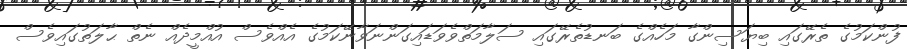
ފުންކަމުގެ ތެރޭގައި ބިޔަސިންގާ މަހެއްގެ ބަނޑުތެރޭގައި ސަލާމަތްވެވަޑައިގަންނަވާނޭކަމުގެ އެއްވެސް އުއްމީދެއް ނެތް ޙާލަތުގައިވެސް